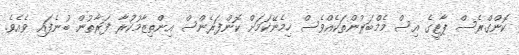
ކޮންގްރެސް ޕާޓީގެ އިސް މެމްބަރުންތަކެއްވެސް ހިމެނޭކަމަށް ކޮންފަރެންސް އިންތިޒާމުކުރާ ފަރާތުން ބުނެފައި ވެއެވެ.